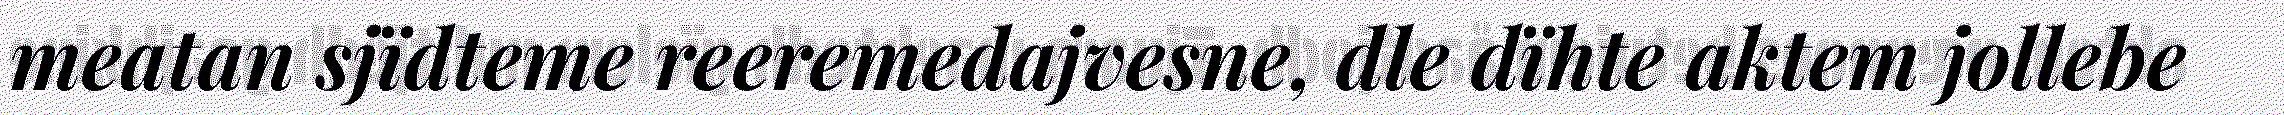
meatan sjïdteme reeremedajvesne, dle dïhte aktem jollebe